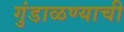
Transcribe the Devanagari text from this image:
गुंडाळण्याची